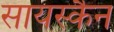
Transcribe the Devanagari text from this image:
सायस्कैन